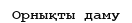
Орнықты даму